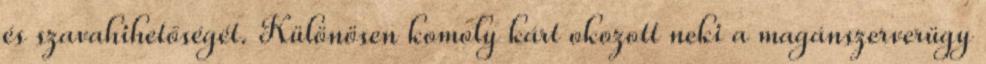
és szavahihetőségét. Különösen komoly kárt okozott neki a magánszerverügy